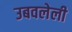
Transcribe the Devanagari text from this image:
उबवलेली